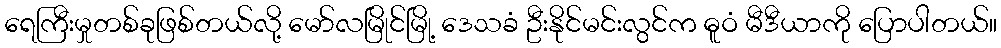
ရေကြီးမှုတစ်ခုဖြစ်တယ်လို့ မော်လမြိုင်မြို့ ဒေသခံ ဦးနိုင်မင်းလွင်က ဓူဝံ မီဒီယာကို ပြောပါတယ်။